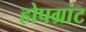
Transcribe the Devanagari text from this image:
होपग्रांट